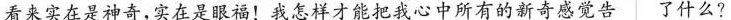
看来实在是神奇，实在是眼福！我怎样才能把我心中所有的新奇感觉告了什么